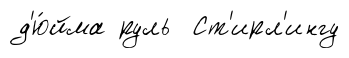
д'ю́йма руль Ст'ирл'ингу